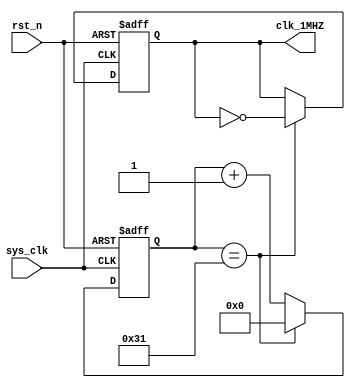
module clk_1M(
    sys_clk,
    rst_n,
    clk_1MHZ
    );
    input                               sys_clk                    ;
    input                               rst_n                      ;
    output reg                          clk_1MHZ                   ;
reg                    [   7:0]         cnt                        ;
    
    always@(posedge sys_clk or negedge rst_n)begin
        if(!rst_n)begin
            cnt <= 0;
        end
        else if(cnt == 50 - 1) begin
            cnt <= 0;
        end
        else begin
            cnt <= cnt + 1;
        end
    end

    always@(posedge sys_clk or negedge rst_n)begin
        if(!rst_n)begin
            clk_1MHZ <= 0;
        end
        else if(cnt == 50 - 1) begin
            clk_1MHZ <= ~clk_1MHZ;
        end
        else begin
            clk_1MHZ <= clk_1MHZ;
        end
    end
endmodule